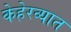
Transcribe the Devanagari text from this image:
केहेरव्यात